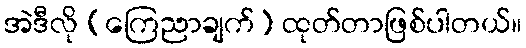
အဲဒီလို (ကြေညာချက်) ထုတ်တာဖြစ်ပါတယ်။